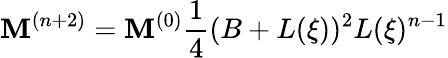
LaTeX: {\cal\mathbf{M}}^{(n+2)}={\cal\mathbf{M}}^{(0)}\frac{{1}}{{4}}(B+L(\xi))^{2}L(\xi)^{n-1}